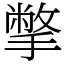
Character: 撆